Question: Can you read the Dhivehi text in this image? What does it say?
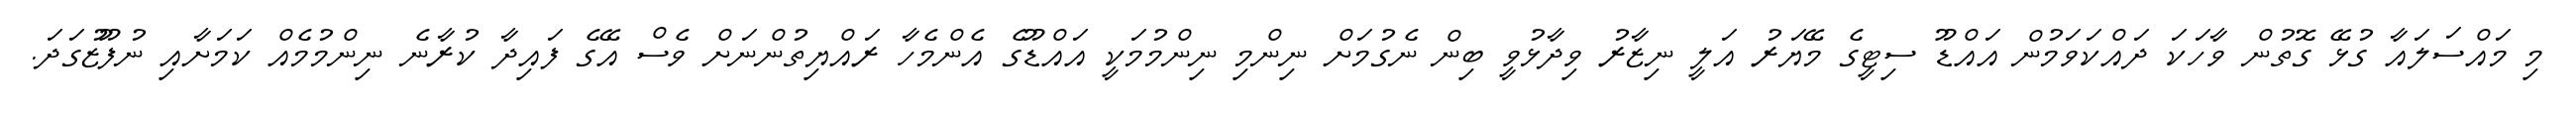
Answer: މި މައްސަލައާ ގުޅޭ ގޮތުން ވާހަކަ ދައްކަވަމުން އައްޑޫ ސިޓީގެ މޭޔަރު އަލީ ނިޒާރު ވިދާޅުވީ ބިން ނެގުމަށް ނިންމި ނިންމުމަކީ އައްޑޫގެ އެންމެހާ ރައްޔިތުންނަށް ވެސް އޭގެ ފައިދާ ކުރާނެ ނިންމުމެއް ކަމަށާއި ނުފޫޒުގަދަ.